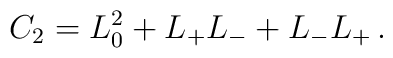
C_2=L_0^2+L_+L_-+L_-L_+ \, .